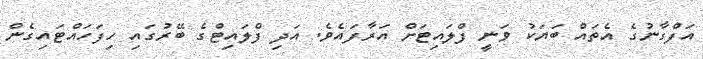
އަފްގާނުގެ އެތައް ބަޔަކު ވަނީ ފްލައިޓަށް އަރާފައެވެ. އަދި ފްލައިޓްގެ ބޭރުގައި ހިފަހައްޓައިގެން